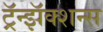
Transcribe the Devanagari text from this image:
ट्रॅन्झॅक्शन्स